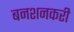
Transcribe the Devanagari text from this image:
बनशनकरी